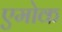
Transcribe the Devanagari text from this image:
एमोक